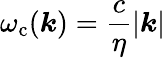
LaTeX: \omega_{\mathrm{c}}({\boldsymbol{k}})=\frac{c}{\eta}|\boldsymbol{k}|